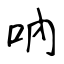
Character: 吶